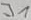
Text: J1